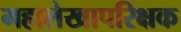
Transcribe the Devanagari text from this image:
महालेखापरिक्षक